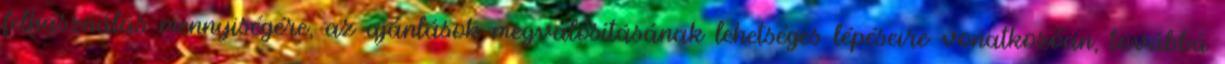
felhasználás mennyiségére, az ajánlások megvalósításának lehetséges lépéseire vonatkozóan, továbbá